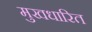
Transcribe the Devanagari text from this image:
मुखधारित